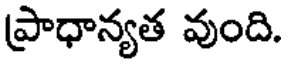
ప్రాధాన్యత వుంది.